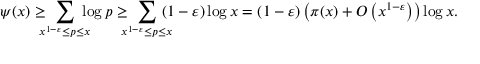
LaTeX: \psi ( x ) \geq \! \! \! \! \sum _ { x ^ { 1 - \varepsilon } \leq p \leq x } \! \! \! \! \log p \geq \! \! \! \! \sum _ { x ^ { 1 - \varepsilon } \leq p \leq x } \! \! \! \! ( 1 - \varepsilon ) \log x = ( 1 - \varepsilon ) \left( \pi ( x ) + O \left( x ^ { 1 - \varepsilon } \right) \right) \log x .